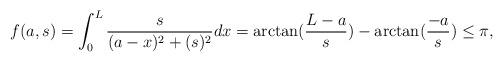
LaTeX: \begin{align*}f(a,s)=\int_0^L\frac{s}{(a-x)^2+(s)^2}dx=\arctan(\frac{L-a}{s})-\arctan(\frac{-a}{s})\le \pi, \end{align*}